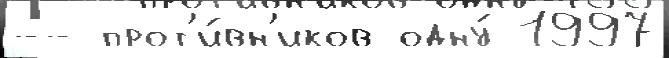
-- прот'и́вн'иков одну́ 1997